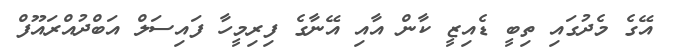
އޭގެ މެދުގައި ތިބީ ޑެއިޒީ ކާން އާއި އޭނާގެ ފިރިމީހާ ފައިސަލް އަބްދުއްރައޫފް